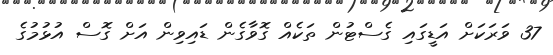
37 ވަރަކަށް އަޑީގައި ގެސްޓުން ތަކެއް ގޮވާގެން ޑައިވިން އަށް ގޮސް އުޅުމުގެ